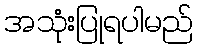
အသုံးပြုရပါမည်